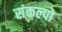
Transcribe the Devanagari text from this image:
संकल्पो